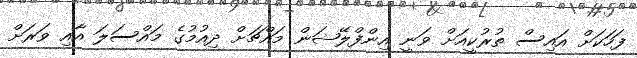
ފަހަކަށް އައިސް ތުރުކީއަށް ވަނީ އިންފްލޭޝަން މައްޗަށް ދިއުމުގެ މައްސަލަ އާއި ވަރަށް